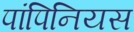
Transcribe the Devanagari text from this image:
पांपिनियस